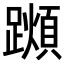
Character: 𨆌